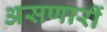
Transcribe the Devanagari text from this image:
असणारीं